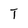
Character: T